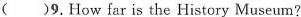
( )9.How far is the History Museum?